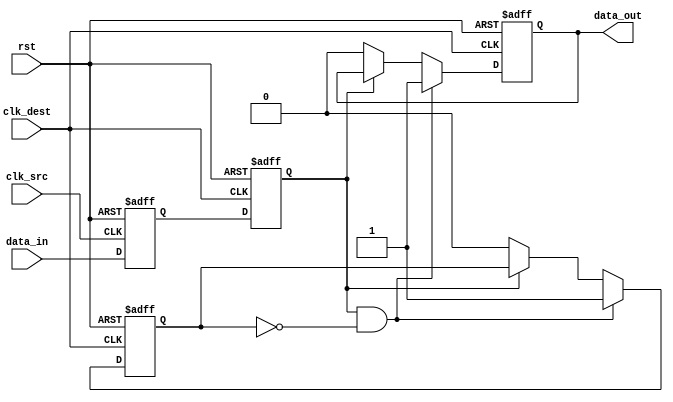
module pulsed_synchronizer (
    input wire clk_src,          // Source clock
    input wire clk_dest,         // Destination clock
    input wire data_in,          // Asynchronous input signal
    input wire rst,              // Asynchronous reset
    output reg data_out          // Pulsed output signal
);

    // Internal signals for synchronization
    reg sync_ff1;
    reg sync_ff2;

    // Two-stage flip-flop for synchronizing data_in to clk_dest
    always @(posedge clk_src or posedge rst) begin
        if (rst) begin
            sync_ff1 <= 1'b0;
        end else begin
            sync_ff1 <= data_in; // Capture data_in on clk_src
        end
    end

    always @(posedge clk_dest or posedge rst) begin
        if (rst) begin
            sync_ff2 <= 1'b0;
        end else begin
            sync_ff2 <= sync_ff1; // Capture sync_ff1 on clk_dest
        end
    end

    // Pulse generation logic
    reg pulse_ff;

    always @(posedge clk_dest or posedge rst) begin
        if (rst) begin
            pulse_ff <= 1'b0;
            data_out <= 1'b0;
        end else begin
            // Generate a pulse on data_out for each rising edge of sync_ff2
            if (sync_ff2 && !pulse_ff) begin
                data_out <= 1'b1; // Generate pulse
                pulse_ff <= 1'b1;  // Set pulse_ff to indicate pulse is active
            end else if (!sync_ff2) begin
                data_out <= 1'b0; // Reset pulse
                pulse_ff <= 1'b0;  // Clear pulse_ff
            end
        end
    end

endmodule